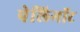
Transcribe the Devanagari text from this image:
पेलिगॉट